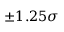
\pm \ensuremath { 1 . 2 5 \sigma }